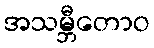
အသမ္ဘီတောဝ